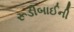
રૂડીબાઈની